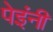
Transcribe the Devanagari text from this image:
पेइंनी